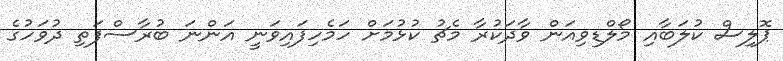
ޕޮލިސް ކުލަބާއި މޯލްޑިވިއަން ވާދަކުރާ މެޗު ކުޅުމަށް ހަމެހިފައިވަނީ އަންނަ ބުރާސްފަތި ދުވަހުގެ